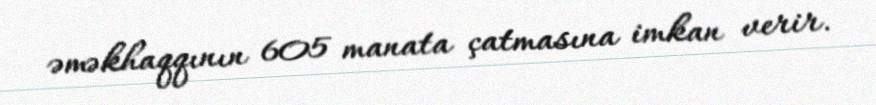
əməkhaqqının 605 manata çatmasına imkan verir.